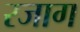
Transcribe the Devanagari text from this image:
रजाग